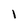
Character: 1